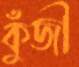
কুঁজী